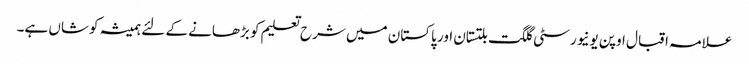
علامہ اقبال اوپن یونیورسٹی گلگت بلتستان اور پاکستان میں شرح تعلیم کو بڑھانے کے لئے ہمیشہ کوشاں ہے۔